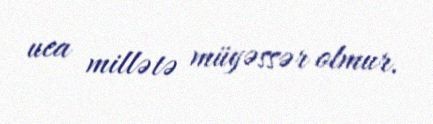
uca millətə müyəssər olmur.